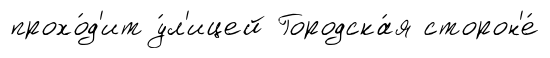
прохо́д'ит у́л'ицей Городска́я сторон'е́